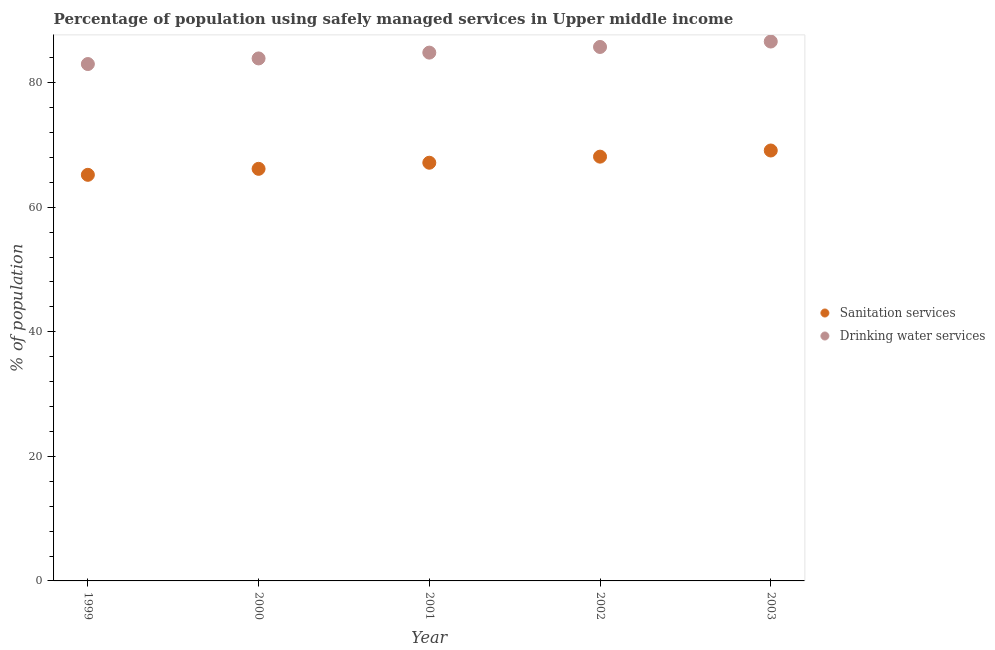
| Year | Sanitation services | Drinking water services |
 | --- | --- | --- |
 | 1999 | 65.2 | 83 |
 | 2000 | 66.2 | 83.9 |
 | 2001 | 67.1 | 84.8 |
 | 2002 | 68.1 | 85.7 |
 | 2003 | 69.1 | 86.6 |